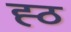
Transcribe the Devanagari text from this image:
ह्ठ